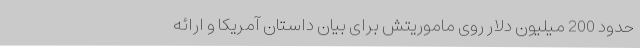
حدود 200 میلیون دلار روی ماموریتش برای بیان داستان آمریکا و ارائه